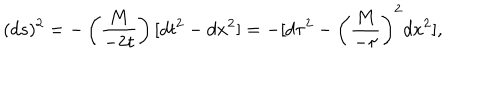
LaTeX: ( d s ) ^ { 2 } = - \left( \frac { M } { - 2 t } \right) [ d t ^ { 2 } - d x ^ { 2 } ] = - [ d \tau ^ { 2 } - \left( { \frac { M } { - \tau } } \right) ^ { 2 } d x ^ { 2 } ] ,